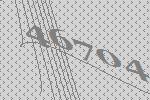
46704